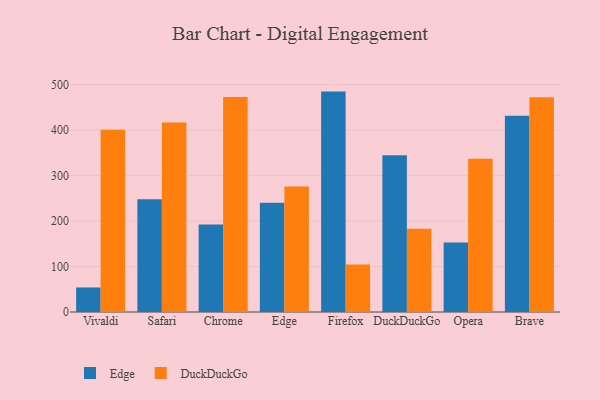
{"axis": {"x": "Browser", "y": "LTV (USD)"}, "legend": ["DuckDuckGo", "Edge"], "data": [{"x": "Vivaldi", "y": 53.9, "type": "Edge"}, {"x": "Vivaldi", "y": 400.6, "type": "DuckDuckGo"}, {"x": "Safari", "y": 247.7, "type": "Edge"}, {"x": "Safari", "y": 416.5, "type": "DuckDuckGo"}, {"x": "Chrome", "y": 192.1, "type": "Edge"}, {"x": "Chrome", "y": 472.5, "type": "DuckDuckGo"}, {"x": "Edge", "y": 239.8, "type": "Edge"}, {"x": "Edge", "y": 275.8, "type": "DuckDuckGo"}, {"x": "Firefox", "y": 484.2, "type": "Edge"}, {"x": "Firefox", "y": 104.2, "type": "DuckDuckGo"}, {"x": "DuckDuckGo", "y": 344.1, "type": "Edge"}, {"x": "DuckDuckGo", "y": 183.0, "type": "DuckDuckGo"}, {"x": "Opera", "y": 152.9, "type": "Edge"}, {"x": "Opera", "y": 336.6, "type": "DuckDuckGo"}, {"x": "Brave", "y": 431.2, "type": "Edge"}, {"x": "Brave", "y": 471.6, "type": "DuckDuckGo"}]}